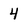
Character: 4